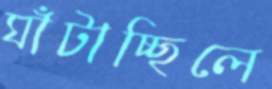
ঘাঁটাচ্ছিলে